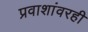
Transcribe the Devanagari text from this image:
प्रवाशांवरही